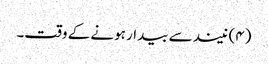
(۴) نیند سے بیدار ہونے کے وقت۔